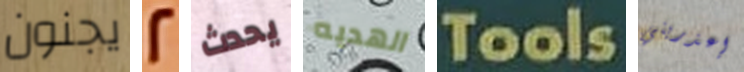
يجنون 2 يحدث الهديه Tools إعذريني